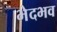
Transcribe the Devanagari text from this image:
भेदभव